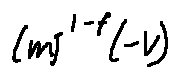
( m ) ^ { l - f } ( - V )